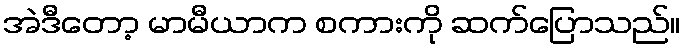
အဲဒီတော့ မာမီယာက စကားကို ဆက်ပြောသည်။